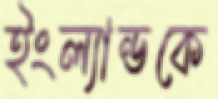
ইংল্যান্ডকে